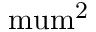
\mathrm { \ m u m ^ { 2 } }